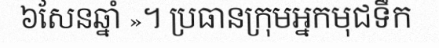
៦សែនឆ្នាំ »។ ប្រធានក្រុមអ្នកមុជទឹក